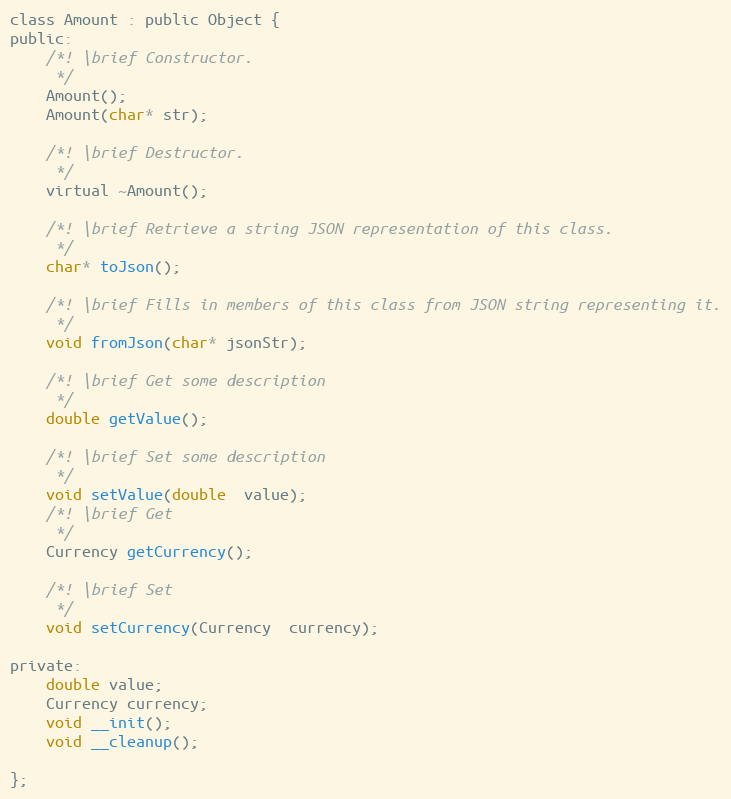
Language: C
class Amount : public Object {
public:
	/*! \brief Constructor.
	 */
	Amount();
	Amount(char* str);

	/*! \brief Destructor.
	 */
	virtual ~Amount();

	/*! \brief Retrieve a string JSON representation of this class.
	 */
	char* toJson();

	/*! \brief Fills in members of this class from JSON string representing it.
	 */
	void fromJson(char* jsonStr);

	/*! \brief Get some description
	 */
	double getValue();

	/*! \brief Set some description
	 */
	void setValue(double  value);
	/*! \brief Get
	 */
	Currency getCurrency();

	/*! \brief Set
	 */
	void setCurrency(Currency  currency);

private:
	double value;
	Currency currency;
	void __init();
	void __cleanup();

};